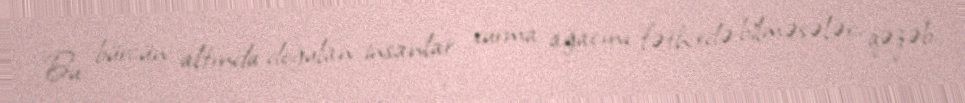
Bu bürcün altında doğulan insanlar xurma ağacını fəth edə bilməsələr, qəzəb